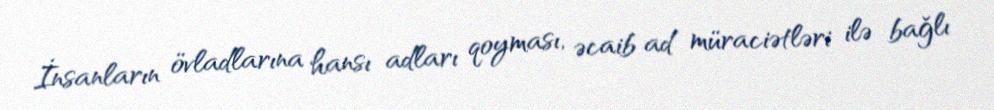
İnsanların övladlarına hansı adları qoyması, əcaib ad müraciətləri ilə bağlı